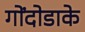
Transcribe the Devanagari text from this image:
गोंदोडाके